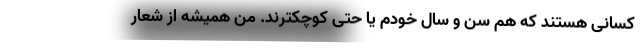
کسانی هستند که هم سن و سال خودم یا حتی کوچکترند. من همیشه از شعار